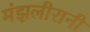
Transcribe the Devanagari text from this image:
मंझलीरानी